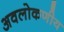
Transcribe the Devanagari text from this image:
अवलोकणीय